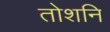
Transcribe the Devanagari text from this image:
तोशनि